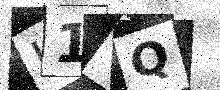
Text: L1GQ